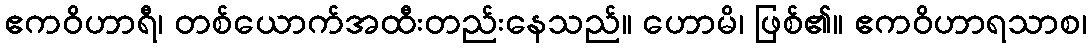
ဧကဝိဟာရီ၊ တစ်ယောက်အထီးတည်းနေသည်။ ဟောမိ၊ ဖြစ်၏။ ဧကဝိဟာရသာစ၊